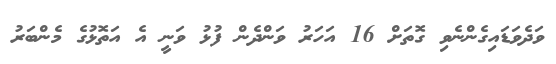
ވަދެވަޑައިގެންނެވި ގޮތަށް 16 އަހަރު ވަންދެން ފުޅު ވަނީ އެ އަތޮޅުގެ މެންބަރު